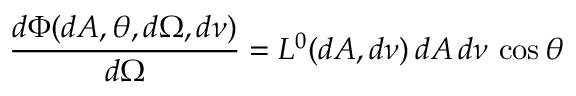
{ \frac { d \Phi ( d A , \theta , d \Omega , d \nu ) } { d \Omega } } = L ^ { 0 } ( d A , d \nu ) \, d A \, d \nu \, \cos \theta